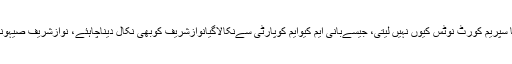
پی پی رہنما نے کہا کہ نوازشریف کی تقریروں کا پیمرا یا سپریم کورٹ نوٹس کیوں نہیں لیتی، جیسےبانی ایم کیوایم کوپارٹی سےنکالاگیانوازشریف کوبھی نکال دیناچاہئے، نوازشریف صیہونی طاقتوں کاآلہ کار بن کر ملک کو نقصان پہنچا رہے ہیں۔